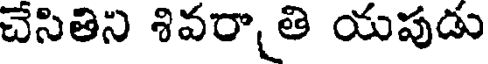
చేసితిని శివరా తి యపుడు